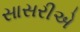
સાસરીએ